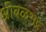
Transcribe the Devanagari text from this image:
श्रीबळभद्र